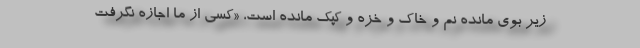
زير بوي مانده نم و خاك و خزه و كپك مانده است، «كسي از ما اجازه نگرفت